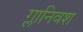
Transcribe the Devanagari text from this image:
ग्लानिवश